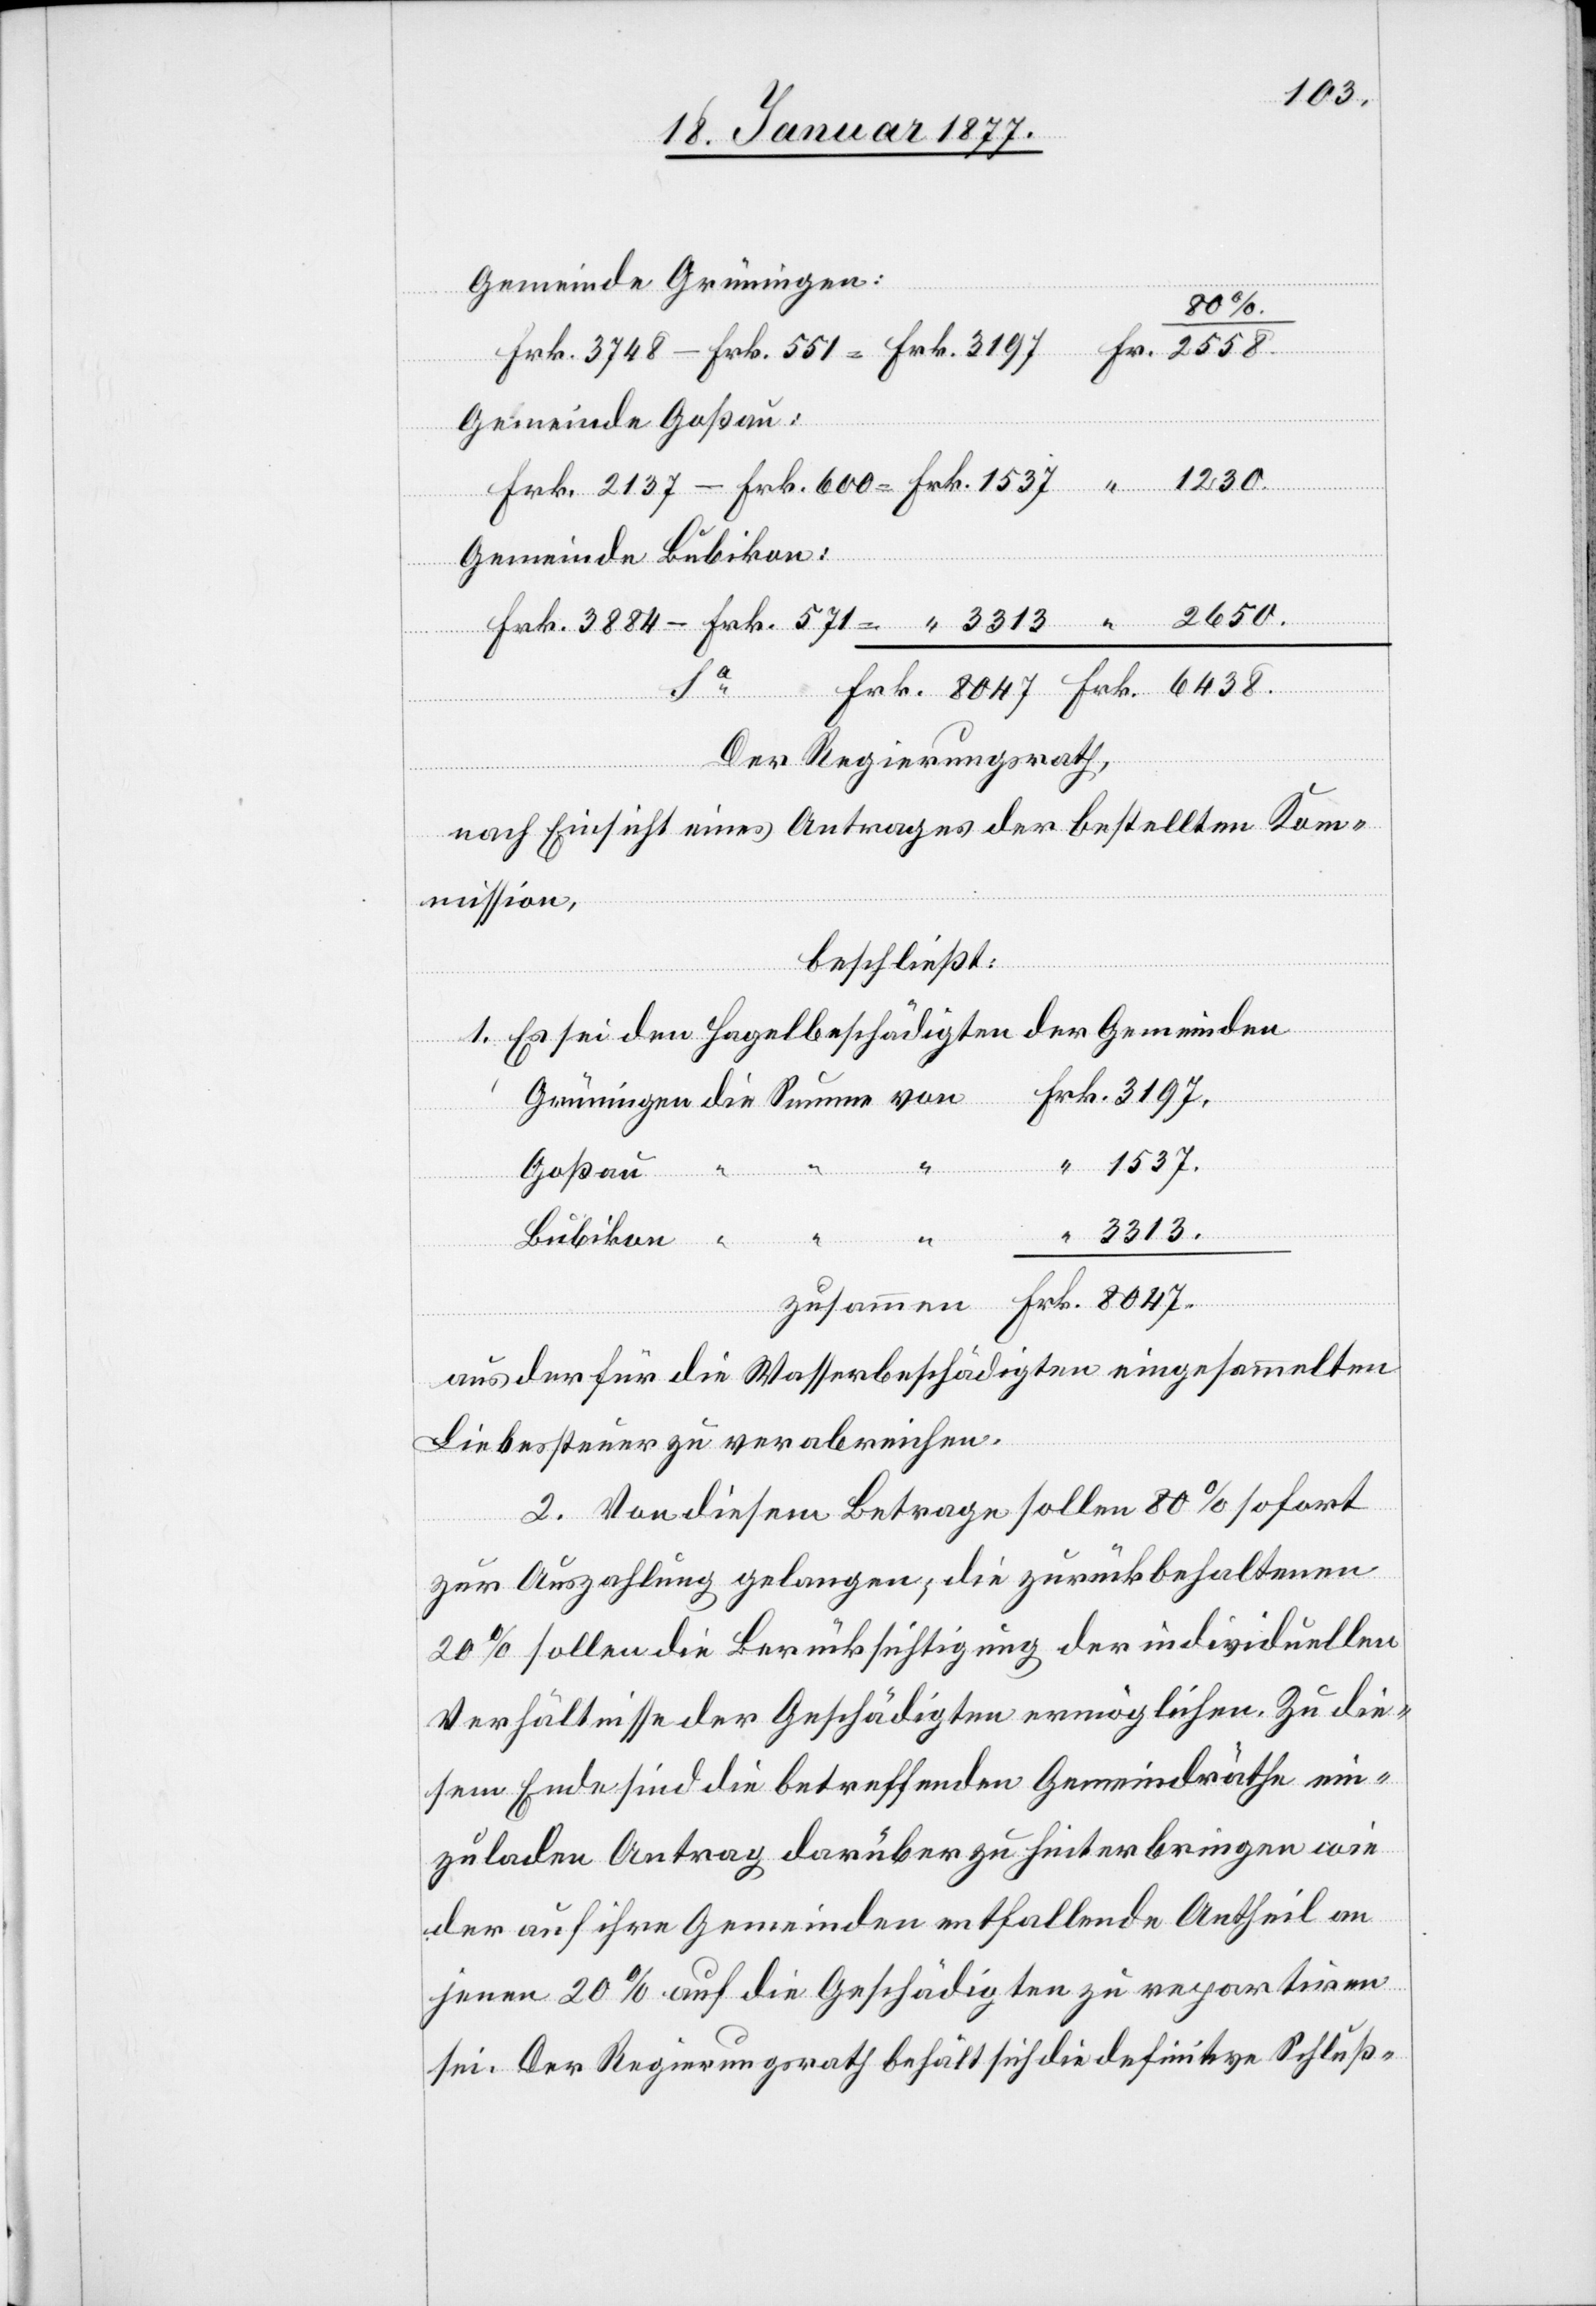
zusa¬

1230
Gemeinde Grüningen:
8047.
von
Gemeinde Goßau:
Gemeinde Bubikon:
mmen
– Frk. 600 = Frk. 1537
Der Regierungsrath,
nach Einsicht eines Antrages der bestellten Kom¬
mission,
beschließt:
1. Es sei den Hagelbeschädigten der Gemeinden
1537.
Goßau
“ 3313
Bubikon
aus der für die Wasserbeschädigten eingesammelten
Liebessteuer zu verabreichen.
2. Von diesem Betrage sollen 80% sofort
zur Auszahlung gelangen; die zurückbehaltenen
20% sollen die Berücksichtigung der individuellen
Verhältnisse der Geschädigten ermöglichen. Zu die¬
sem Ende sind die betreffenden Gemeindräthe ein¬
zuladen Antrag darüber zu hinterbringen wie
der auf ihre Gemeinden entfallende Antheil an
jenen 20% auf die Geschädigten zu repartiren
sei. Der Regierungsrath behält sich die definitive Schluß-